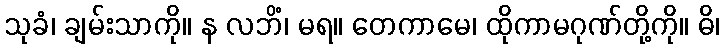
သုခံ၊ ချမ်းသာကို။ န လဘိံ၊ မရ။ တေကာမေ၊ ထိုကာမဂုဏ်တို့ကို။ ဓိ၊